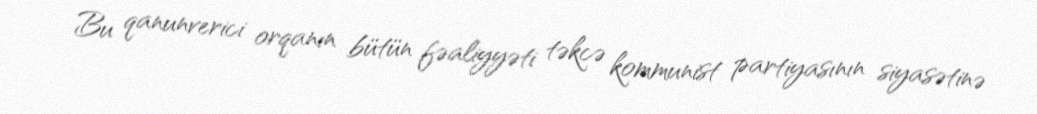
Bu qanunverici orqanın bütün fəaliyyəti təkcə kommunist partiyasının siyasətinə